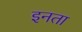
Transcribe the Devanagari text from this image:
इनता